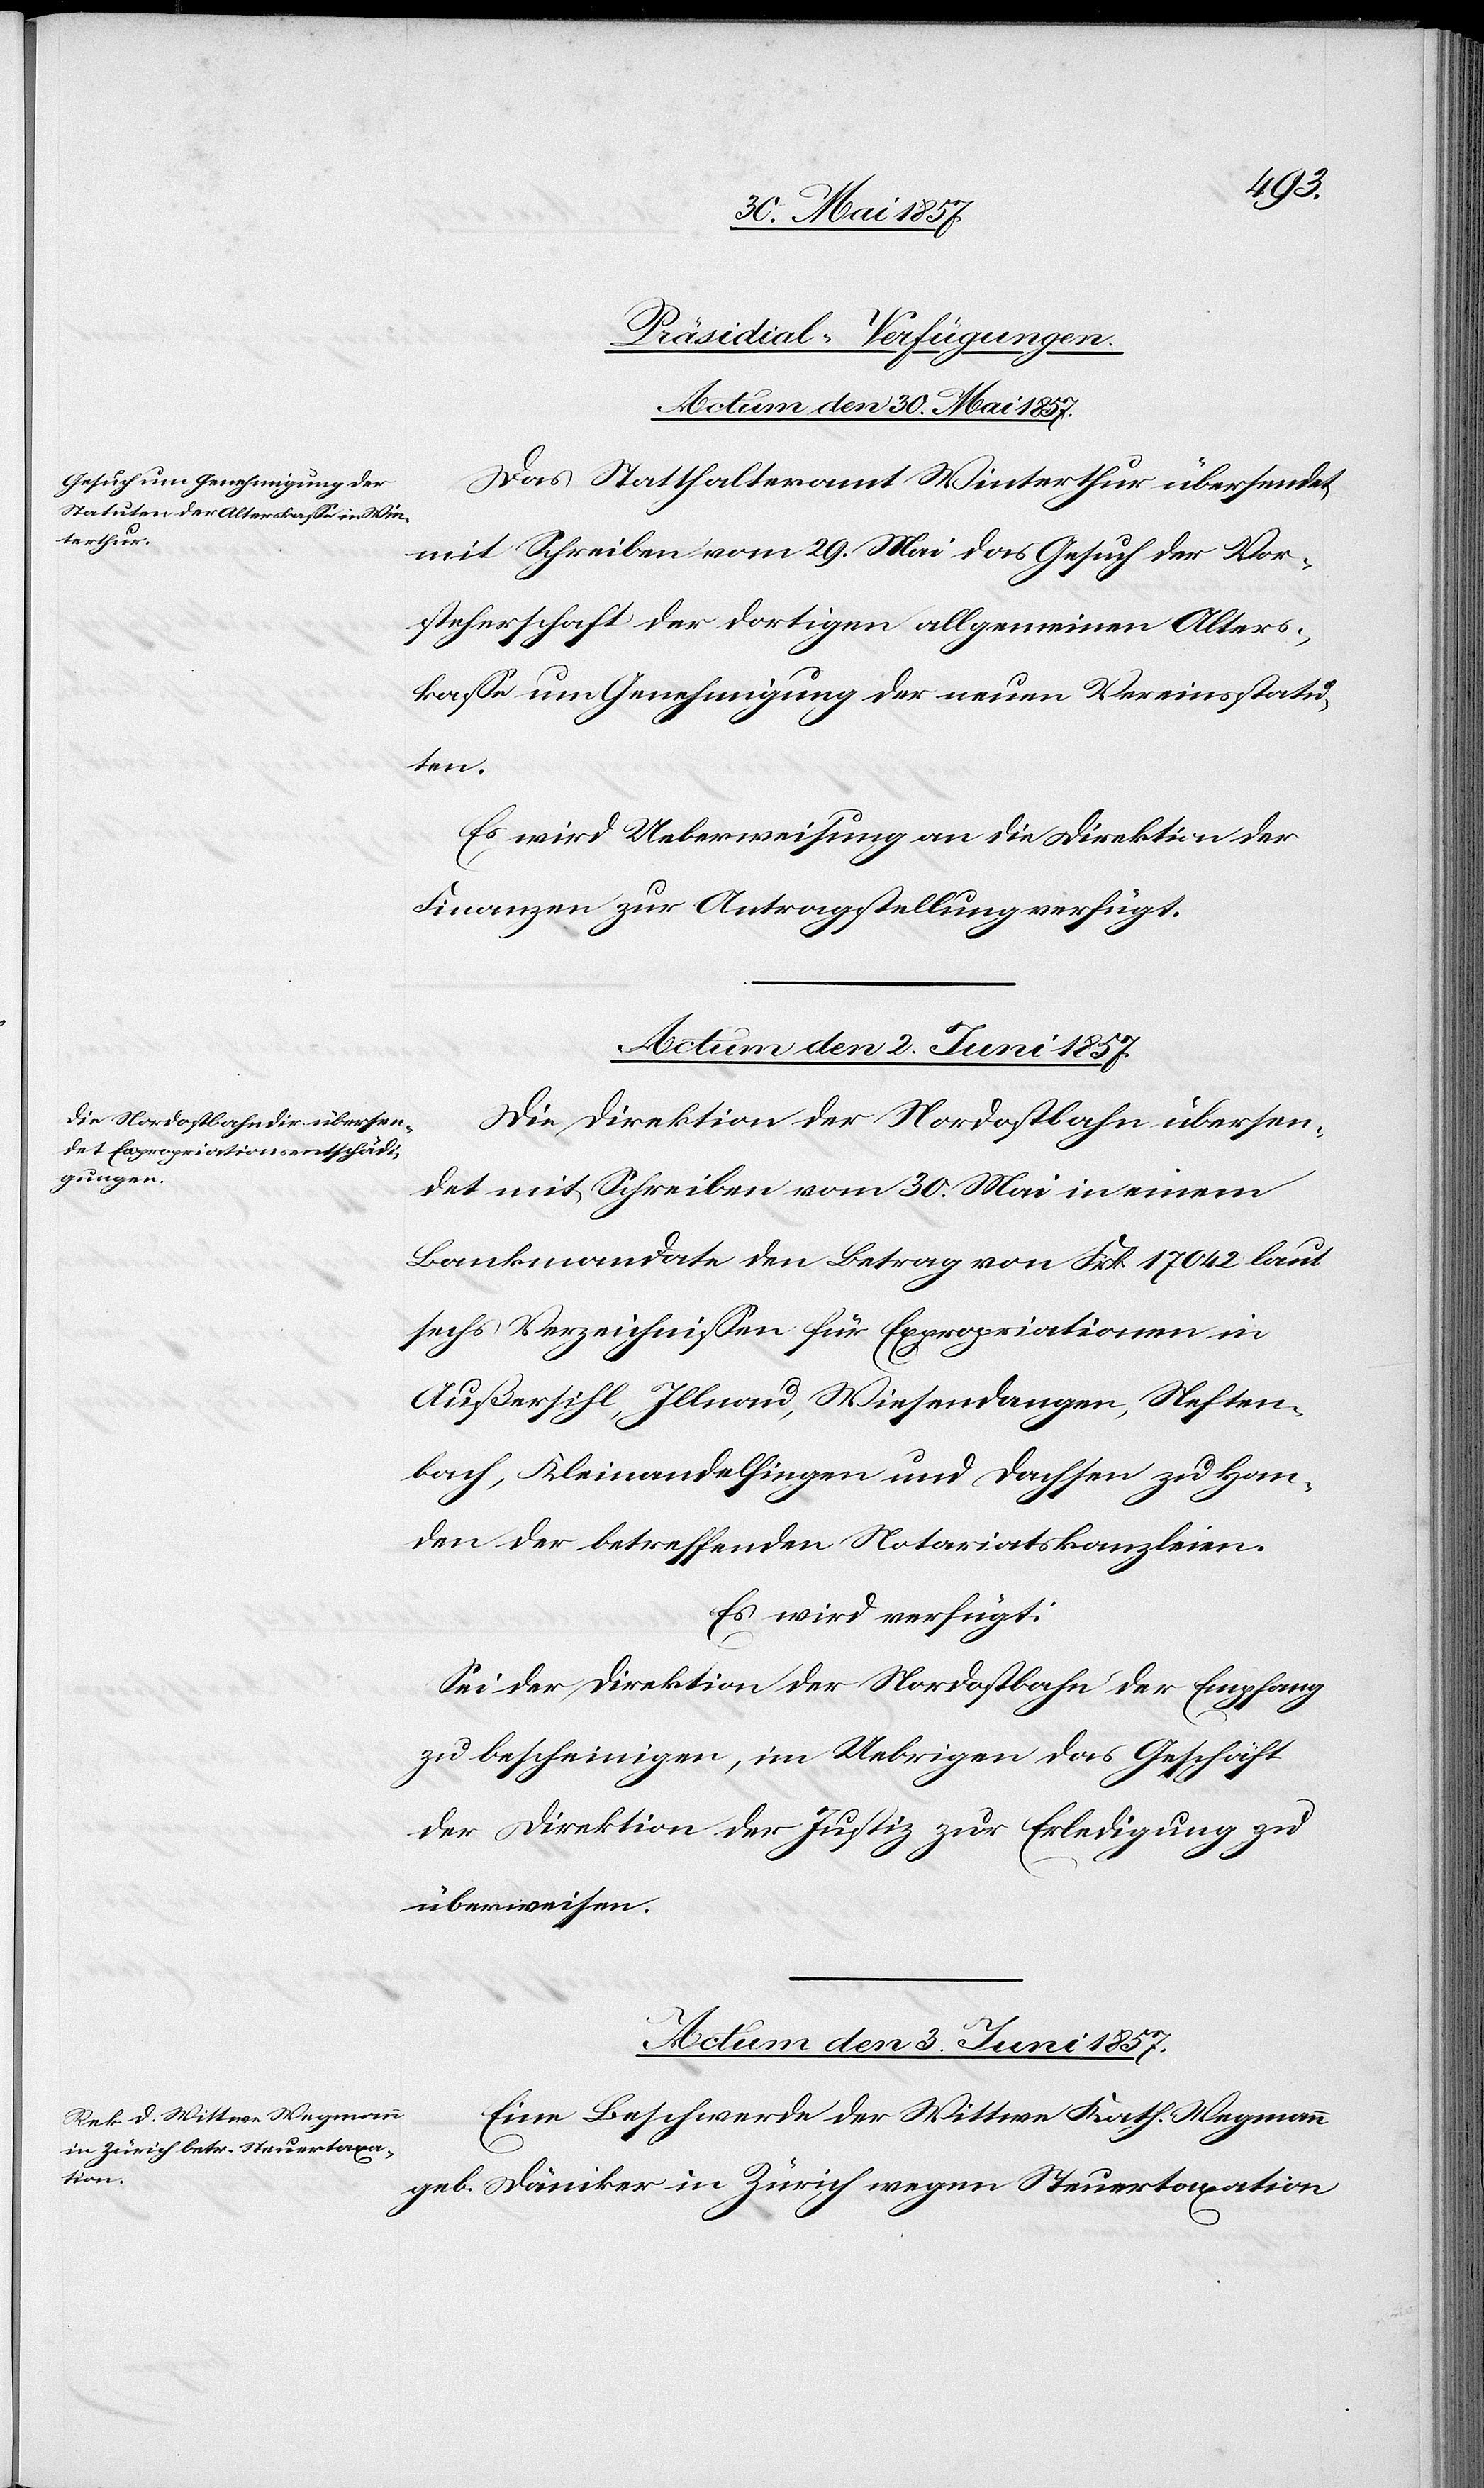
[Präsidial-Verfügungen.]
Actum den 30 Mai 1857.
Das Statthalteramt Winterthur übersendet
mit Schreiben vom 29 Mai das Gesuch der Vor¬
steherschaft der dortigen allgemeinen Alters¬
kassa um Genehmigung der neuen Vereinsstatu¬
ten.
Es wird Ueberweisung an die Direktion der
Finanzen zur Antragstellung verfügt.
Actum den 2 Juni 1857.
Die Direktion der Nordostbahn übersen¬
det mit Schreiben vom 30 Mai in einem
Bankmandante den Betrag von Frk. 17 042 laut
sechs Verzeichnissen für Expropriationen in
Außersihl, Illnau, Wiesendangen, Neften¬
bach, Kleinandelfingen und Dachsen zu Han¬
den der betreffenden Notariatskanzleien.
Es wird verfügt:
Sei der Direktion der Nordostbahn der Empfang
zu bescheinigen, im Uebrigen das Geschäft
der Direktion der Justiz zur Erledigung zu
überweisen.
Actum den 3 Juni 1857.
Eine Beschwerde der Wittwe Kath. Wegmann
geb. Däniker in Zürich wegen Steuertaxation